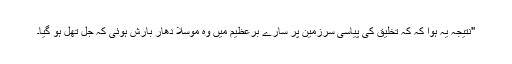
"نتیجہ یہ ہوا کہ کہ تخلیق کی پیاسی سرزمین پر سارے برعظیم میں وہ موسلا دھار بارش ہوئی کہ جل تھل ہو گیا۔